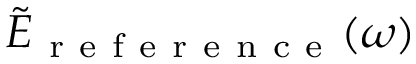
\tilde { E } _ { \mathrm { ~ r ~ e ~ f ~ e ~ r ~ e ~ n ~ c ~ e ~ } } ( \omega )